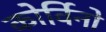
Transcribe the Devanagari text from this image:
कोर्विनो